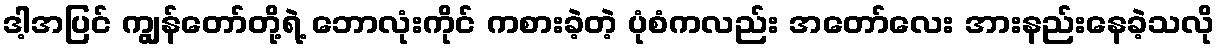
ဒါ့အပြင် ကျွန်တော်တို့ရဲ့ ဘောလုံးကိုင် ကစားခဲ့တဲ့ ပုံစံကလည်း အတော်လေး အားနည်းနေခဲ့သလို